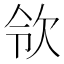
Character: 𣢝